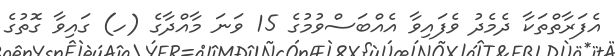
އެފަރާތްތަކާ ދެމެދު ވެފައިވާ އެއްބަސްވުމުގެ 15 ވަނަ މާއްދާގެ (ހ) ގައިވާ ގޮތުގެ